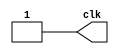
`timescale 100us / 100us
module clock_gen(output reg clk);

parameter PERIOD = 10;
	 
always
	begin: CLOCK_DRIVER
		clk <= 1'b0;
		#(PERIOD/2);
		clk <= 1'b1;
		#(PERIOD/2);
	end
endmodule